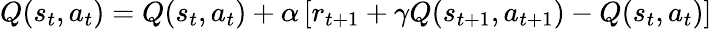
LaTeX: Q(s_{t},a_{t})=Q(s_{t},a_{t})+\alpha\left[r_{t+1}+\gamma Q(s_{t+1},a_{t+1})-Q({s_{t},a_{t}})\right]